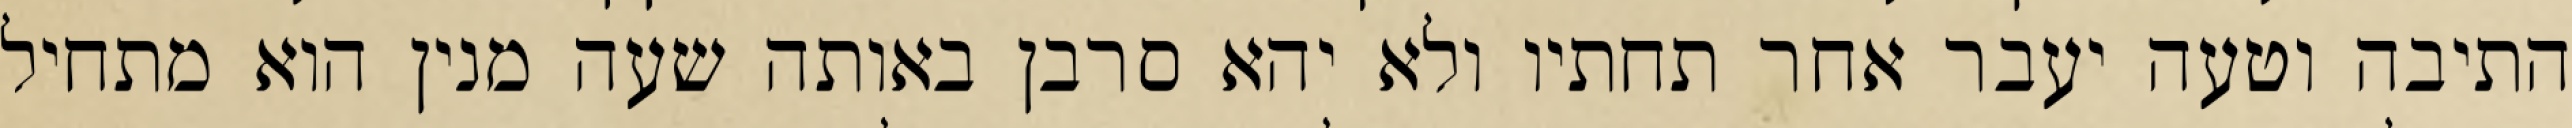
התיבה וטעה יעבר אחר תחתיו ולא יהא סרבן באותה שעה מנין הוא מתחיל